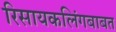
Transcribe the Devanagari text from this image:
रिसायकलिंगबाबत